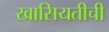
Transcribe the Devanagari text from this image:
खासियतीची